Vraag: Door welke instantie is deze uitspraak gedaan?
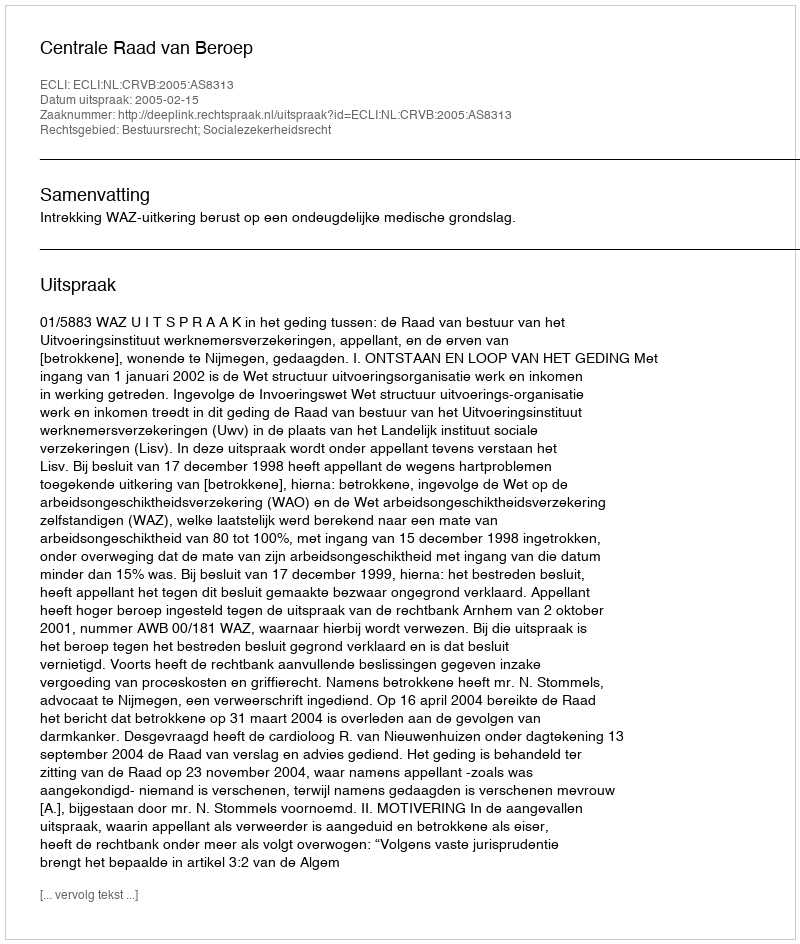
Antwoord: Centrale Raad van Beroep